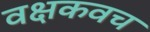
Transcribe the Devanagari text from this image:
वक्षकवच